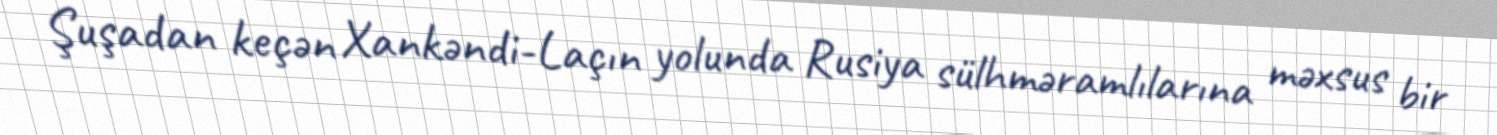
Şuşadan keçən Xankəndi-Laçın yolunda Rusiya sülhməramlılarına məxsus bir